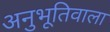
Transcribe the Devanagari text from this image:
अनुभूतिवाला